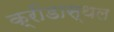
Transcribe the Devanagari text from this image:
क्रीडास्थल